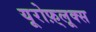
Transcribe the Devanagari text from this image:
यूरोफ़्लूक्स